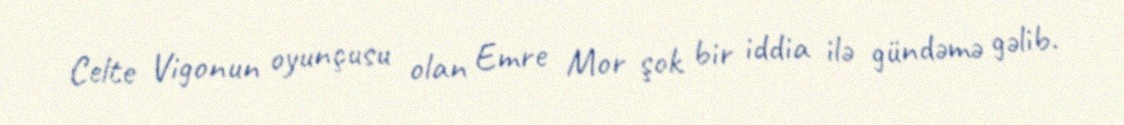
Celte Vigonun oyunçusu olan Emre Mor şok bir iddia ilə gündəmə gəlib.